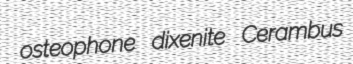
osteophone dixenite Cerambus